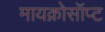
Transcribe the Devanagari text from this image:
मायक्रोसॉप्ट